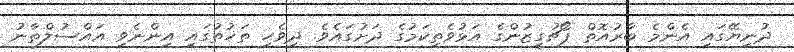
ދުނިޔޭގައި އެންމެ ބާރުއޮތް ޕޯޗުގީޒުންގެ އަޅުވެތިކަމުގެ ދަށުގައެވެ. ދިވެހި ތަޚުތުގައި އިންނެވި އައްސުލްތާނު